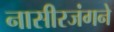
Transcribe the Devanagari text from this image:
नासीरजंगने